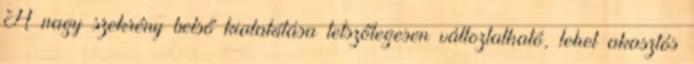
A nagy szekrény belső kialakítása tetszőlegesen változtatható, lehet akasztós